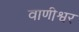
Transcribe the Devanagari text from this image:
वाणीश्वर